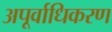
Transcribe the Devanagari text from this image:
अपूर्वाधिकरण